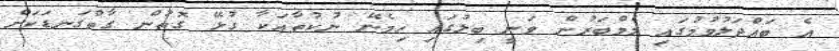
އެ ބައްދަލުވުމުގައި މެމްބަރުން ވަނީ ބިލުގައި ހިމެނޭ ނުކުތާއަކާ ގުޅޭ ގޮތުން ގާތްގަނޑަކަށް